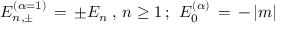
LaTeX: E _ { n , \pm } ^ { ( \alpha = 1 ) } \, = \, \pm E _ { n } \; , \, n \geq 1 \, ; \; \, E _ { 0 } ^ { ( \alpha ) } \, = \, - \, | m |